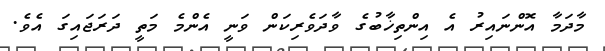
މާދަމާ އޮންނައިރު އެ އިންތިޚާބުގެ ވާދަވެރިކަން ވަނީ އެންމެ މަތީ ދަރަޖައިގަ އެވެ.